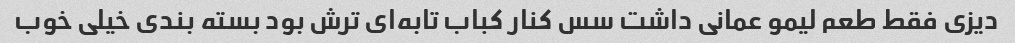
دیزی فقط طعم لیمو عمانی داشت سس کنار کباب تابه‌ای ترش بود بسته بندی خیلی خوب